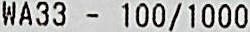
WA33 - 100/1000